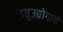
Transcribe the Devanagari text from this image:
लघुउद्योगाचे